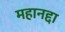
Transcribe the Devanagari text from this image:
महानद्दा